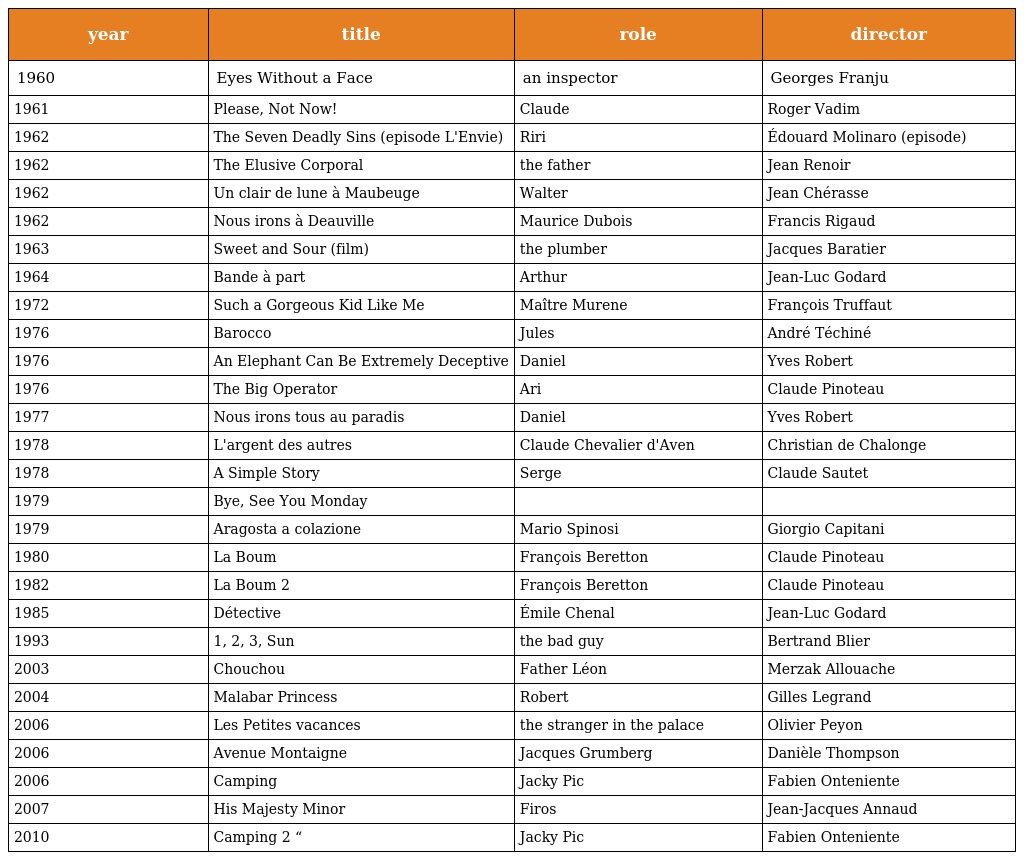
| year | title | role | director |
 | --- | --- | --- | --- |
 | 1960 | Eyes Without a Face | an inspector | Georges Franju |
 | 1961 | Please, Not Now! | Claude | Roger Vadim |
 | 1962 | The Seven Deadly Sins (episode L'Envie) | Riri | Édouard Molinaro (episode) |
 | 1962 | The Elusive Corporal | the father | Jean Renoir |
 | 1962 | Un clair de lune à Maubeuge | Walter | Jean Chérasse |
 | 1962 | Nous irons à Deauville | Maurice Dubois | Francis Rigaud |
 | 1963 | Sweet and Sour (film) | the plumber | Jacques Baratier |
 | 1964 | Bande à part | Arthur | Jean-Luc Godard |
 | 1972 | Such a Gorgeous Kid Like Me | Maître Murene | François Truffaut |
 | 1976 | Barocco | Jules | André Téchiné |
 | 1976 | An Elephant Can Be Extremely Deceptive | Daniel | Yves Robert |
 | 1976 | The Big Operator | Ari | Claude Pinoteau |
 | 1977 | Nous irons tous au paradis | Daniel | Yves Robert |
 | 1978 | L'argent des autres | Claude Chevalier d'Aven | Christian de Chalonge |
 | 1978 | A Simple Story | Serge | Claude Sautet |
 | 1979 | Bye, See You Monday |  |  |
 | 1979 | Aragosta a colazione | Mario Spinosi | Giorgio Capitani |
 | 1980 | La Boum | François Beretton | Claude Pinoteau |
 | 1982 | La Boum 2 | François Beretton | Claude Pinoteau |
 | 1985 | Détective | Émile Chenal | Jean-Luc Godard |
 | 1993 | 1, 2, 3, Sun | the bad guy | Bertrand Blier |
 | 2003 | Chouchou | Father Léon | Merzak Allouache |
 | 2004 | Malabar Princess | Robert | Gilles Legrand |
 | 2006 | Les Petites vacances | the stranger in the palace | Olivier Peyon |
 | 2006 | Avenue Montaigne | Jacques Grumberg | Danièle Thompson |
 | 2006 | Camping | Jacky Pic | Fabien Onteniente |
 | 2007 | His Majesty Minor | Firos | Jean-Jacques Annaud |
 | 2010 | Camping 2 “ | Jacky Pic | Fabien Onteniente |